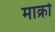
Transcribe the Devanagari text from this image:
माक्रो